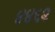
૪૪૬૨